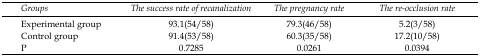
<table><thead><tr><td><b><i>Groups</i></b></td><td><b><i>The success rate of recanalization</i></b></td><td><b><i>The pregnancy rate</i></b></td><td><b><i>The re-occlusion rate</i></b></td></tr></thead><tbody><tr><td>Experimental group</td><td>93.1(54/58)</td><td>79.3(46/58)</td><td>5.2(3/58)</td></tr><tr><td>Control group</td><td>91.4(53/58)</td><td>60.3(35/58)</td><td>17.2(10/58)</td></tr><tr><td>P</td><td>0.7285</td><td>0.0261</td><td>0.0394</td></tr></tbody></table>